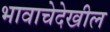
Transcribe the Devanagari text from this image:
भावाचेदेखील